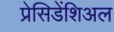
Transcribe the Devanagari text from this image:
प्रेसिडेंशिअल